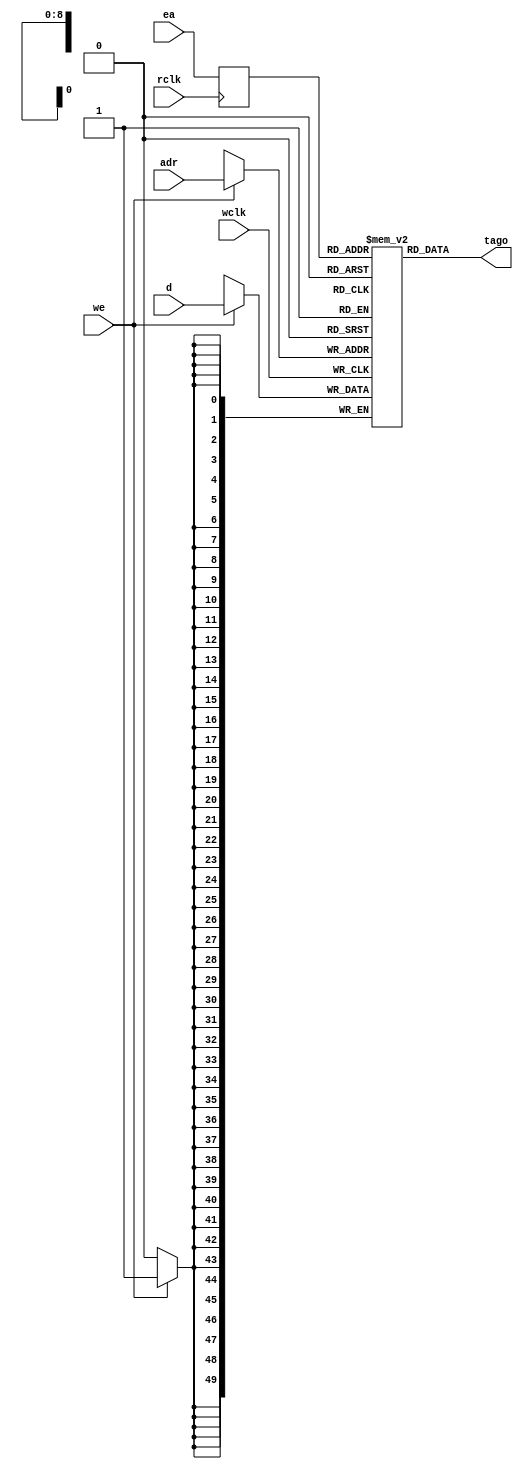
`timescale 1ns / 1ps
//=============================================================================
//        __
//   \\__/ o\    (C) 2013  Robert Finch
//    \  __ /    All rights reserved.
//     \/_//     robfinch<remove>@opencores.org
//       ||
//  
//	Raptor64_dcache_tagram.v
//
//  
// This source file is free software: you can redistribute it and/or modify 
// it under the terms of the GNU Lesser General Public License as published 
// by the Free Software Foundation, either version 3 of the License, or     
// (at your option) any later version.                                      
//                                                                          
// This source file is distributed in the hope that it will be useful,      
// but WITHOUT ANY WARRANTY; without even the implied warranty of           
// MERCHANTABILITY or FITNESS FOR A PARTICULAR PURPOSE.  See the            
// GNU General Public License for more details.                             
//                                                                          
// You should have received a copy of the GNU General Public License        
// along with this program.  If not, see <http://www.gnu.org/licenses/>.    
//                                                                          
//
//=============================================================================
//
module Raptor64_dcache_tagram(wclk, we, adr, d, rclk, ea, tago);
input wclk;
input we;
input [8:0] adr;
input [49:0] d;
input rclk;
input [8:0] ea;
output [49:0] tago;

reg [49:0] ram [0:511];
reg [8:0] radr;

always @(posedge wclk)
	if (we) ram[adr] <= d;

always @(posedge rclk)
	radr <= ea;

assign tago = ram[radr];

endmodule